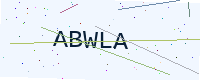
Text: ABWLA